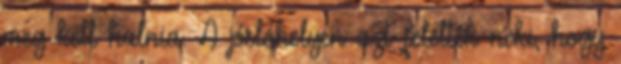
meg kell halnia. A jóslóhelyen azt felelték neki, hogy